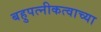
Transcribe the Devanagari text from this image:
बहुपत्नीकत्वाच्या